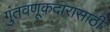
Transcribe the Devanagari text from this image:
गुंतवणूकदारासाठी